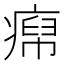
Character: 𬏹